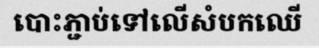
បោះភ្ជាប់ទៅលើសំបកឈើ